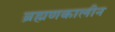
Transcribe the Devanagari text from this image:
ब्रह्मणकालीन